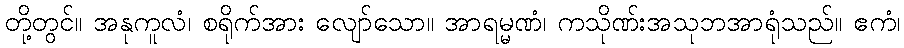
တို့တွင်။ အနုကူလံ၊ စရိုက်အား လျော်သော။ အာရမ္မဏံ၊ ကသိုဏ်းအသုဘအာရုံသည်။ ဧကံ၊